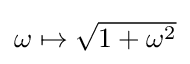
{\textstyle \omega \mapsto {\sqrt {1+\omega ^{2}}}}